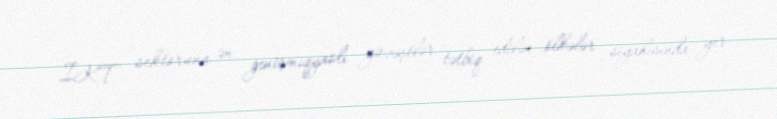
İKT sektoruna ən genişmiqyaslı güzəştlər tətbiq edilən ölkələr siyahısında yer